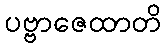
ပဗ္ဗာဇေထာတိ